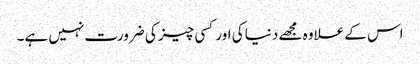
اس کے علاوہ مجھے دنیا کی اور کسی چیز کی ضرورت نہیں ہے۔